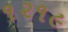
૧૨૧૯